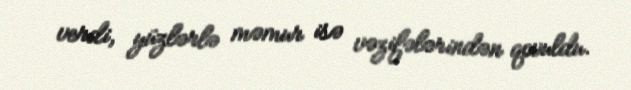
verdi, yüzlərlə məmur isə vəzifələrindən qovuldu.